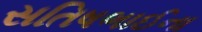
સતિષભાઈના